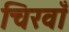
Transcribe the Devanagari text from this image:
चिरवाँ